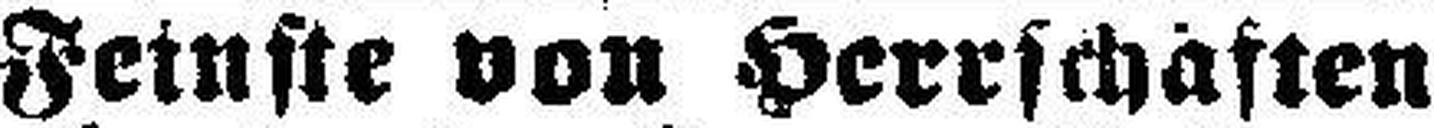
Feinste von Herrschaften